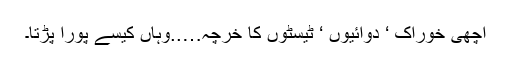
اچھی خوراک ‘ دوائیوں ‘ ٹیسٹوں کا خرچہ…..وہاں کیسے پورا پڑتا۔